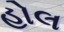
હોલ